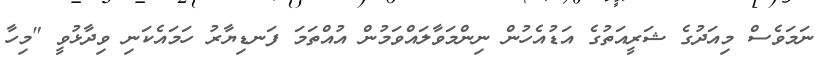
ނަމަވެސް މިއަދުގެ ޝަރީއަތުގެ އަޑުއެހުން ނިންމަވާލައްވަމުން އުއްތަމަ ފަނޑިޔާރު ހަމައެކަނި ވިދާޅުވީ "މިހާ